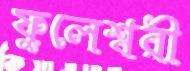
ফুলেশ্বরী